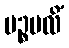
ပဉ္စဗလိံ